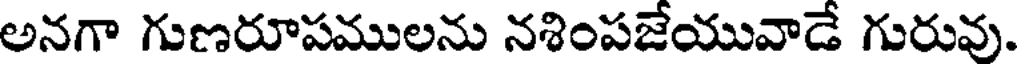
అనగా గుణరూపములను నశింపజేయువాడే గురువు.